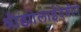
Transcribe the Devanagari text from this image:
श्रीझोलाईदेवीने